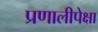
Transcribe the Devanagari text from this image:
प्रणालीपेक्षा